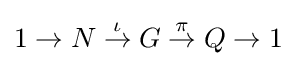
1\to N\;{\overset {\iota }{\to }}\;G\;{\overset {\pi }{\to }}\;Q\to 1